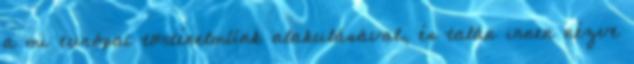
a mi európai történelmünk alakulásával, és talán innen nézve